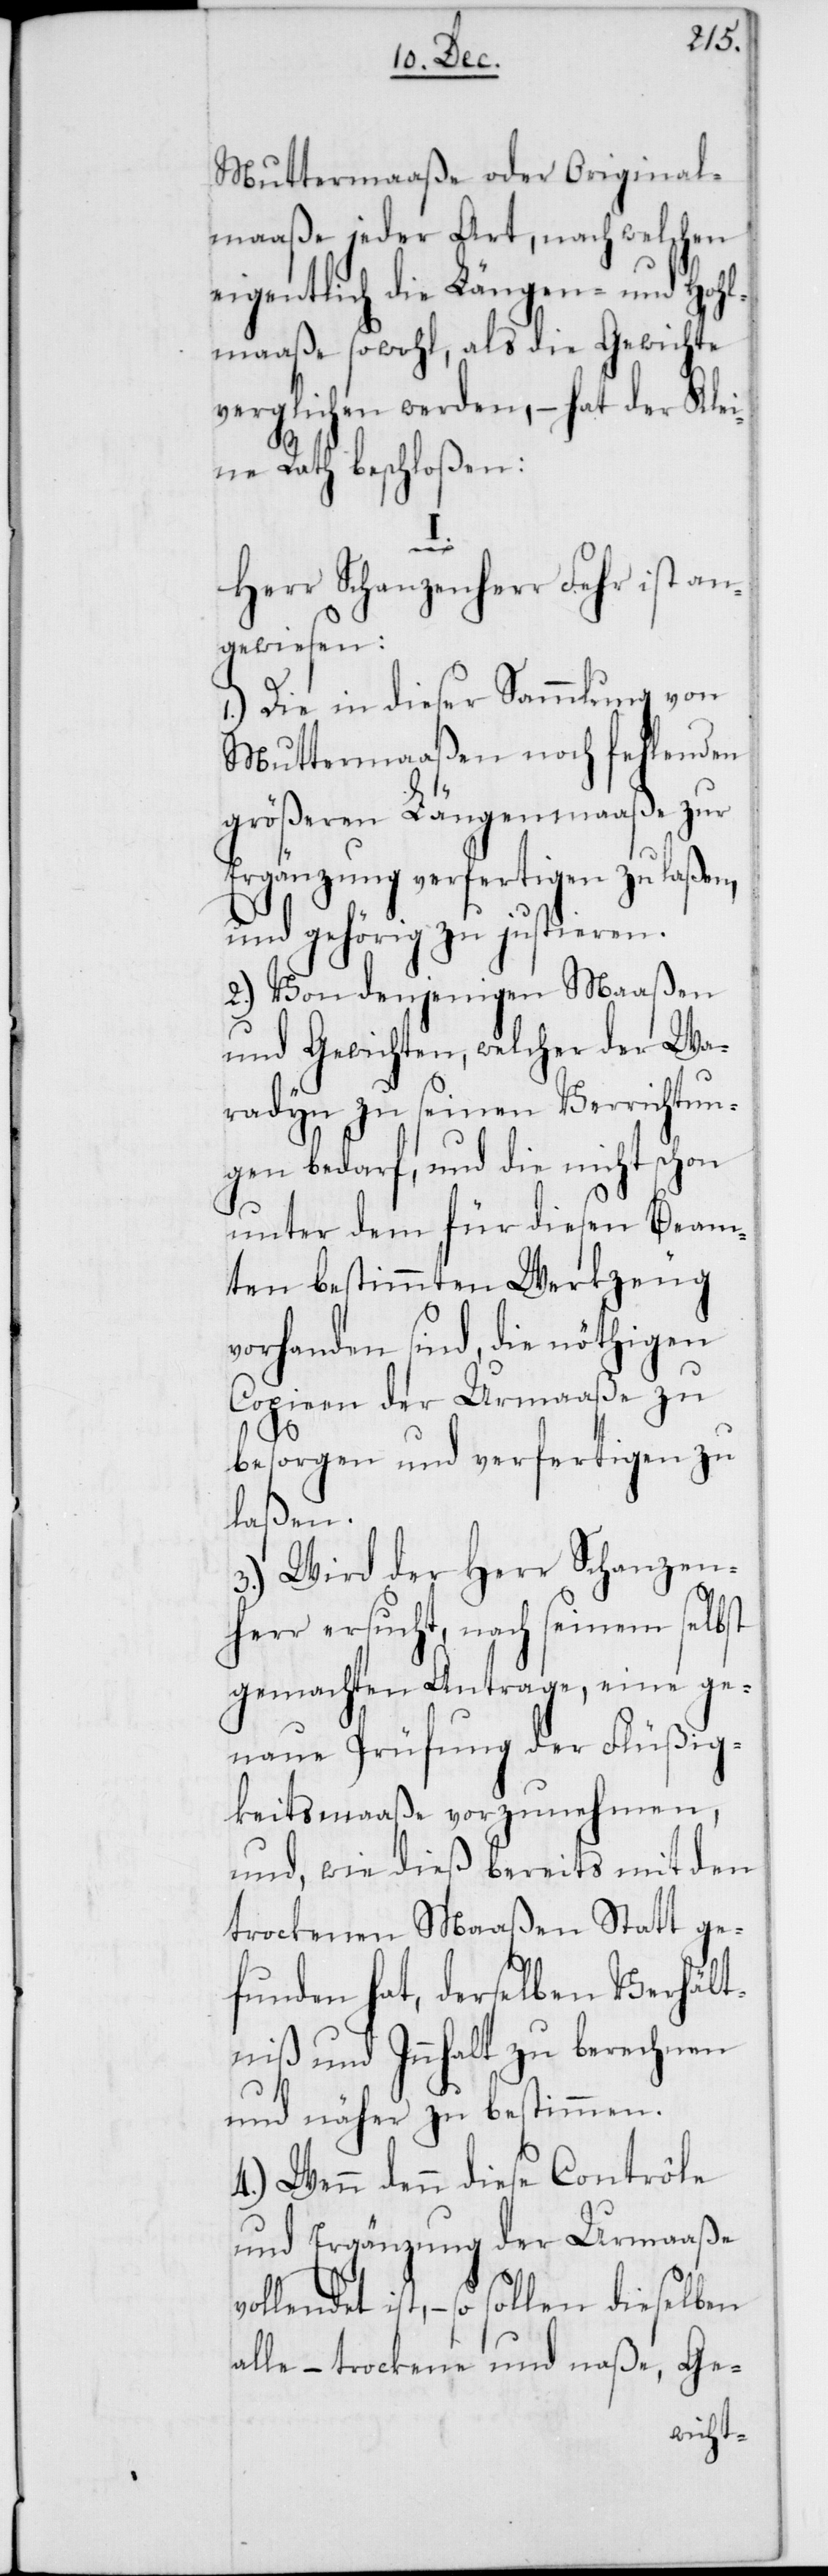
Muttermaaße oder Original¬
maaße jeder Art, nach welchen
eigentlich die Längen- und Hohl¬
maaße sowohl, als die Gewichte
verglichen werden, – hat der Klei¬
ne Rath beschloßen:
I.
Herr Schanzenherr Fehr ist an¬
gewiesen:
1.) Die in dieser Sammlung von
Muttermaaßen noch fehlenden
größeren Längenmaaße zur
Ergänzung verfertigen zu laßen,
und gehörig zu justieren.
2.) Von denjenigen Maaßen
und Gewichten, welcher der Wa¬
radyn zu seinen Verrichtun¬
gen bedarf, und die nicht schon
unter dem für diesen Beam¬
ten bestimmten Werkzeug
vorhanden sind, die nöthigen
Copien der Urmaaße zu
besorgen und verfertigen zu
laßen.
3.) Wird der Herr Schanzen¬
herr ersucht, nach seinem selbst
gemachten Antrage, eine ge¬
naue Prüfung der Flüßig¬
keitsmaaße vorzunehmen,
und wie dieß bereits mit den
trockenen Maaßen Statt ge¬
funden hat, derselben Verhält¬
niß und Innhalt zu berechnen
und näher zu bestimmen.
4.) Wenn denn diese Contrôle
und Ergänzung der Urmaaße
ist, – so sollen dieselben
alle – trockene und naße, Ge-